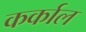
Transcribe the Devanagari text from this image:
कर्काल